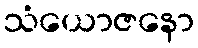
သံယောဇနော